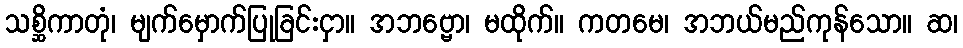
သစ္ဆိကာတုံ၊ မျက်မှောက်ပြုခြင်းငှာ။ အဘဗ္ဗော၊ မထိုက်။ ကတမေ၊ အဘယ်မည်ကုန်သော။ ဆ၊